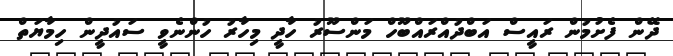
ދޭން ފެށުމުން ރައީސް އަބްދުއްރައްބޫހް މަންސޫރު ހާދީ މިހާރު ހުންނެވީ ސައުދީން ހިމާޔަތް